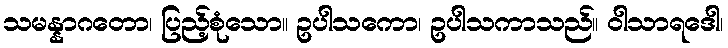
သမန္နာဂတော၊ ပြည့်စုံသော။ ဥပါသကော၊ ဥပါသကာသည်။ ဝါသာရဒေါ၊